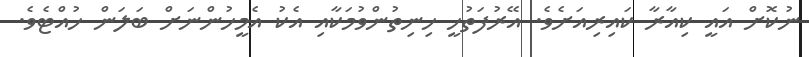
ނުކޮށް އައީ ކިއާރާ ކައިރިއަށެވެ. އޭރުފަތުހީ ހިނިތުންވުމަކާއި އެކު އެމީހުންނަށް ބަލަން ހުއްޓެވެ.